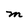
Character: M